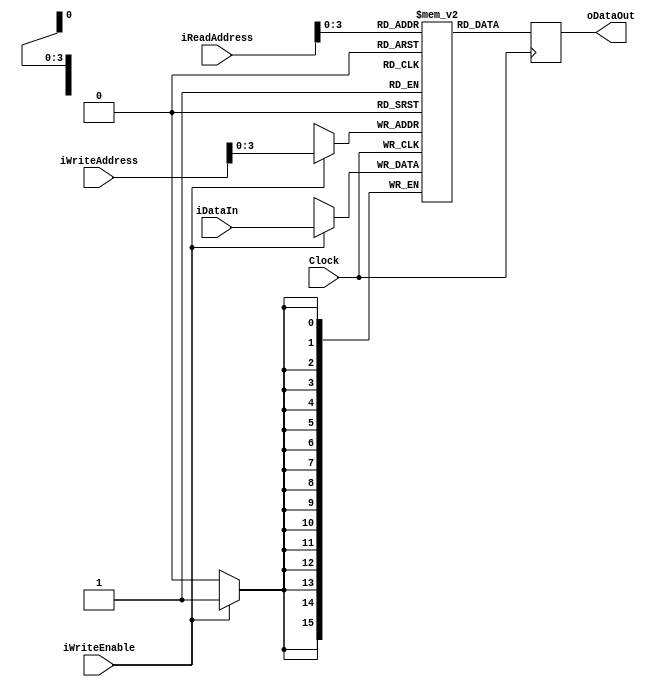
`timescale 1ns / 1ps

module RAM_SINGLE_READ_PORT # ( parameter DATA_WIDTH= 16, parameter ADDR_WIDTH=8, parameter MEM_SIZE=8 )
(
	input wire 		    Clock,
	input wire 		    iWriteEnable,
	input wire [ADDR_WIDTH-1:0] iReadAddress,
	input wire [ADDR_WIDTH-1:0] iWriteAddress,
	input wire [DATA_WIDTH-1:0] iDataIn,
	output reg [DATA_WIDTH-1:0] oDataOut
);

initial begin
   oDataOut <= 3'b0;
end

reg [DATA_WIDTH-1:0] Ram [MEM_SIZE:0];

always @(posedge Clock)

begin
	if (iWriteEnable)
		Ram[iWriteAddress] <= iDataIn;
		oDataOut 	   <= Ram[iReadAddress];
end

endmodule


/*
module RAM_DUAL_READ_PORT # ( parameter DATA_WIDTH= 16, parameter ADDR_WIDTH=8, parameter MEM_SIZE=8 )
(
	input wire 		    Clock,
	input wire 		    iWriteEnable,
	input wire [ADDR_WIDTH-1:0] iReadAddress0,
	input wire [ADDR_WIDTH-1:0] iReadAddress1,
	input wire [ADDR_WIDTH-1:0] iWriteAddress,
	input wire [DATA_WIDTH-1:0] iDataIn,
	output reg [DATA_WIDTH-1:0] oDataOut0,
	output reg [DATA_WIDTH-1:0] oDataOut1
);

reg [DATA_WIDTH-1:0] Ram [MEM_SIZE:0];

always @(posedge Clock)
begin

		if (iWriteEnable)
			Ram[iWriteAddress] <= iDataIn;


			oDataOut0 <= Ram[iReadAddress0];
			oDataOut1 <= Ram[iReadAddress1];

end
endmodule
*/